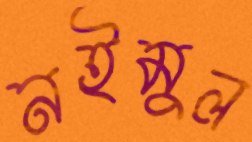
নইমুল